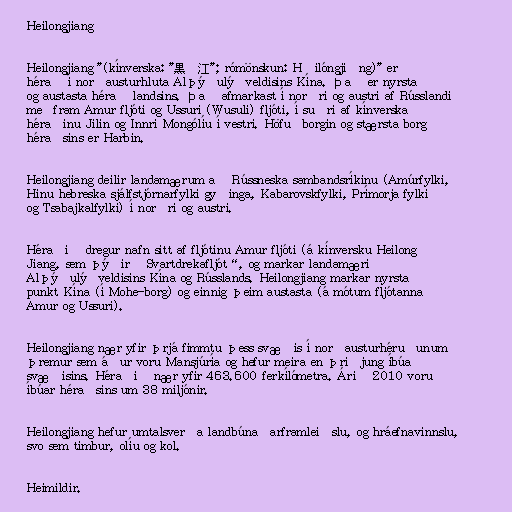
Heilongjiang

Heilongjiang "(kínverska: "黑龙江"; rómönskun: Hēilóngjiāng)" er
hérað í norðausturhluta Alþýðulýðveldisins Kína. Það er nyrsta
og austasta hérað landsins. Það afmarkast í norðri og austri af Rússlandi
meðfram Amur fljóti og Ussuri (Wusuli) fljóti, í suðri af kínverska
héraðinu Jilin og Innri Mongólíu í vestri. Höfuðborgin og stærsta borg
héraðsins er Harbin.

Heilongjiang deilir landamærum að Rússneska sambandsríkinu (Amúrfylki,
Hinu hebreska sjálfstjórnarfylki gyðinga, Kabarovskfylki, Prímorja fylki
og Tsabajkalfylki) í norðri og austri.

Héraðið dregur nafn sitt af fljótinu Amur fljóti (á kínversku Heilong
Jiang, sem þýðir „Svartdrekafljót“, og markar landamæri
Alþýðulýðveldisins Kína og Rússlands. Heilongjiang markar nyrsta
punkt Kína (í Mohe-borg) og einnig þeim austasta (á mótum fljótanna
Amur og Ussuri).

Heilongjiang nær yfir þrjá fimmtu þess svæðis í norðausturhéruðunum
þremur sem áður voru Mansjúría og hefur meira en þriðjung íbúa
svæðisins. Héraðið nær yfir 463.600 ferkílómetra. Árið 2010 voru
íbúar héraðsins um 38 miljónir.

Heilongjiang hefur umtalsverða landbúnaðarframleiðslu, og hráefnavinnslu,
svo sem timbur, olíu og kol.

Heimildir.